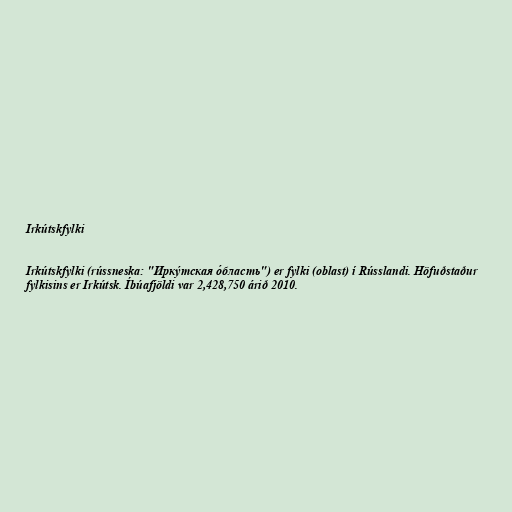
Irkútskfylki

Irkútskfylki (rússneska: "Ирку́тская о́бласть") er fylki (oblast) í Rússlandi. Höfuðstaður
fylkisins er Irkútsk. Íbúafjöldi var 2,428,750 árið 2010.